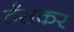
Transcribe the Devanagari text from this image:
ठँसकर